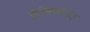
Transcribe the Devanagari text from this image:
श्रृंखलागत